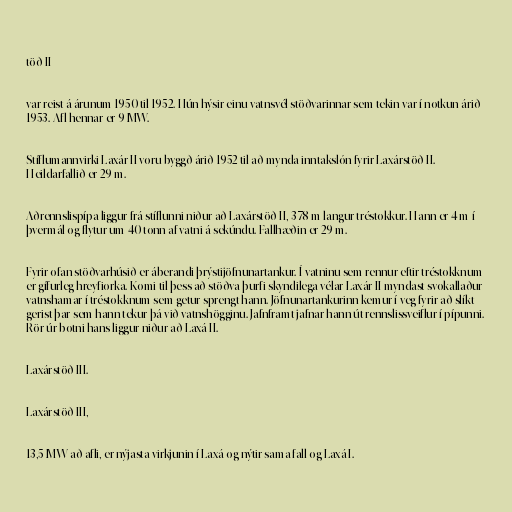
töð II

var reist á árunum 1950 til 1952. Hún hýsir einu vatnsvél stöðvarinnar sem tekin var í notkun árið
1953. Afl hennar er 9 MW.

Stíflumannvirki Laxár II voru byggð árið 1952 til að mynda inntakslón fyrir Laxárstöð II.
Heildarfallið er 29 m.

Aðrennslispípa liggur frá stíflunni niður að Laxárstöð II, 378 m langur tréstokkur. Hann er 4 m í
þvermál og flytur um 40 tonn af vatni á sekúndu. Fallhæðin er 29 m.

Fyrir ofan stöðvarhúsið er áberandi þrýstijöfnunartankur. Í vatninu sem rennur eftir tréstokknum
er gífurleg hreyfiorka. Komi til þess að stöðva þurfi skyndilega vélar Laxár II myndast svokallaður
vatnshamar í tréstokknum sem getur sprengt hann. Jöfnunartankurinn kemur í veg fyrir að slíkt
gerist þar sem hann tekur þá við vatnshögginu. Jafnframt jafnar hann út rennslissveiflur í pípunni.
Rör úr botni hans liggur niður að Laxá II.

Laxárstöð III.

Laxárstöð III,

13,5 MW að afli, er nýjasta virkjunin í Laxá og nýtir sama fall og Laxá I.